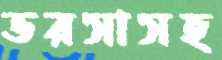
ভরসাসহ